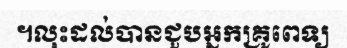
។លុះដល់បានជួបអ្នកគ្រូពេទ្យ